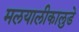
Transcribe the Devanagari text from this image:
मलयालीकालुडे